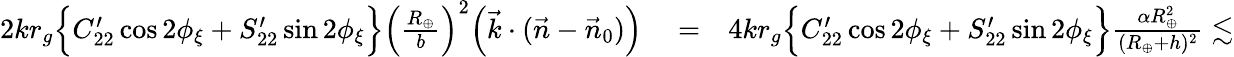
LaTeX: \begin{array}{rlr}{2kr_{g}\Big\{ C_{22}^{\prime}\cos 2\phi_{\xi}+S_{22}^{\prime}\sin 2\phi_{\xi}\Big\} \Big(\frac{R_{\oplus}}{b}\Big)^{2}\Big({\vec{k}}\cdot({\vec{n}}-{\vec{n}}_{0})\Big)}&{{}=}&{4kr_{g}\Big\{ C_{22}^{\prime}\cos 2\phi_{\xi}+S_{22}^{\prime}\sin 2\phi_{\xi}\Big\} \frac{\alpha R_{\oplus}^{2}}{(R_{\oplus}+h)^{2}}\lesssim}\end{array}